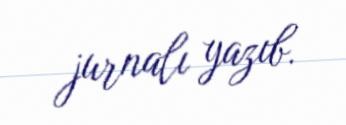
jurnalı yazıb.